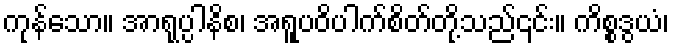
ကုန်သော။ အာရုပ္ပါနိစ၊ အရူပဝိပါက်စိတ်တို့သည်၎င်း။ ကိစ္စဒွယံ၊